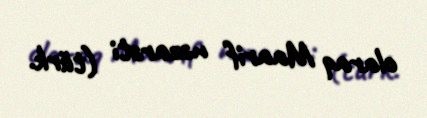
olaraq Maarif nəzarəti (türk.